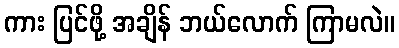
ကား ပြင်ဖို့ အချိန် ဘယ်လောက် ကြာမလဲ။